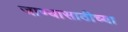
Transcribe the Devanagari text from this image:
जाण्यासाठीच्या